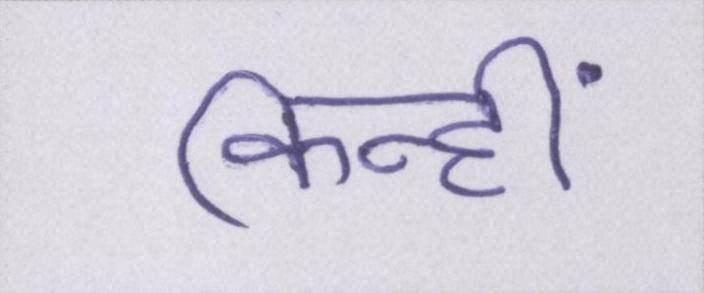
किन्हीं